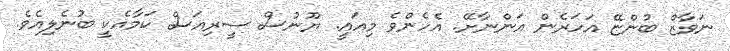
ނަވާޒް ބުންޏޭ އަހަރެން އަންނާށޭ. އެހެންވެ މިއައީ. ޔޫނުސް ސީރިއަސް ކަމާއެކީ ބުނެލިއެވެ.